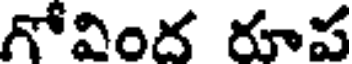
గోవింద రూప